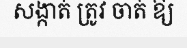
សង្កាត់ ត្រូវ ចាត់ ឱ្យ